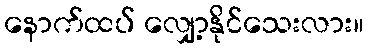
နောက်ထပ် လျှော့နိုင်သေးလား။